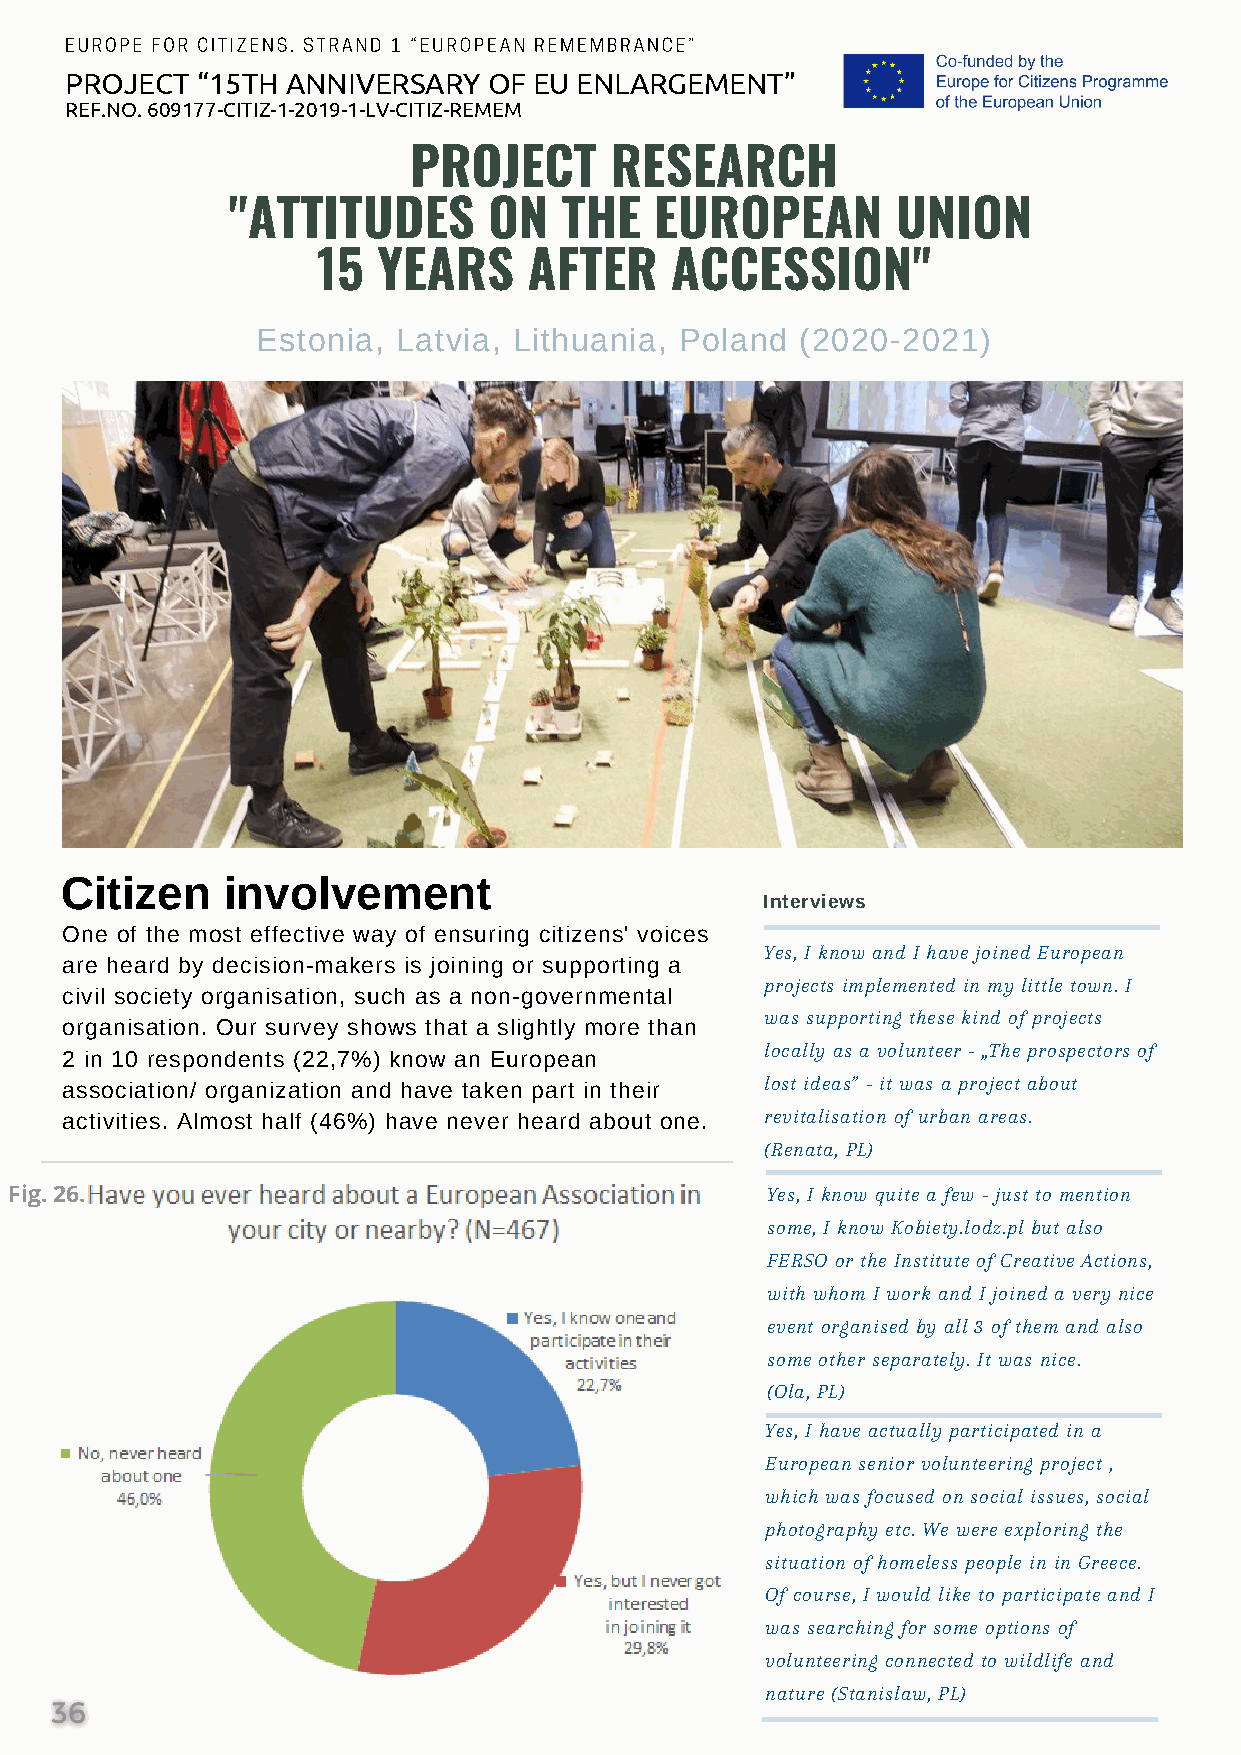
EUROPE FOR CITIZENS. STRAND 1 “EUROPEAN REMEMBRANCE”
 PROJECT  “15TH ANNIVERSARY  OF EU ENLARGEMENT”
 REF.NO. 609177-CITIZ-1-2019-1-LV-CITIZ-REMEM
 PROJECT      RESEARCH
 "ATTITUDES       ON   THE   EUROPEAN        UNION
 15  YEARS     AFTER    ACCESSION"
 Estonia, Latvia, Lithuania, Poland  (2020-2021)
 Citizen    involvement
 Interviews
 One of the most effective way of ensuring citizens' voices
 Yes, I know and I have joined European
 are heard by decision-makers is joining or supporting a
 projects implemented in my little town. I
 civil society organisation, such as a non-governmental
 was supporting these kind of projects
 organisation. Our survey shows that a slightly more than
 locally as a volunteer - „The prospectors of
 2 in 10 respondents (22,7%) know an European
 association/ organization and have taken part in their lost ideas” - it was a project about
 activities. Almost half (46%) have never heard about one. revitalisation of urban areas.
 (Renata, PL)
 Fig. 26.                                          Yes, I know quite a few - just to mention
 some, I know Kobiety.lodz.pl but also
 FERSO or the Institute of Creative Actions,
 with whom I work and I joined a very nice
 event organised by all 3 of them and also
 some other separately. It was nice.
 (Ola, PL)
 Yes, I have actually participated in a
 European senior volunteering project ,
 which was focused on social issues, social
 photography etc. We were exploring the
 situation of homeless people in in Greece.
 Of course, I would like to participate and I
 was searching for some options of
 volunteering connected to wildlife and
 nature (Stanislaw, PL)